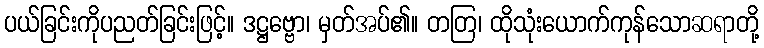
ပယ်ခြင်းကိုပညတ်ခြင်းဖြင့်။ ဒဋ္ဌဗ္ဗော၊ မှတ်အပ်၏။ တတြ၊ ထိုသုံးယောက်ကုန်သောဆရာတို့